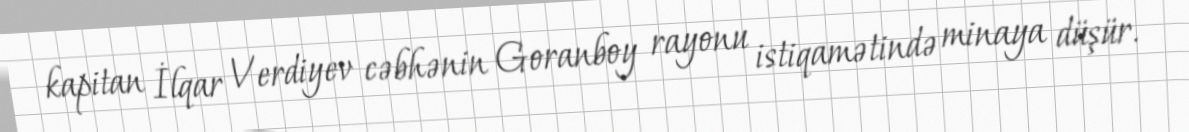
kapitan İlqar Verdiyev cəbhənin Goranboy rayonu istiqamətində minaya düşür.